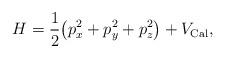
LaTeX: \begin{align*} H=\frac{1}{2} \big(p_x^2 +p_y^2+p_z^2\big)+V_{\rm Cal} ,\end{align*}